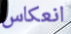
انعكاس